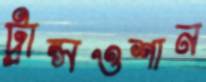
ট্রান্সওশান